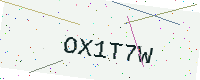
Text: OX1T7W